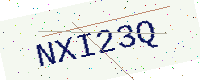
Text: NXI23Q